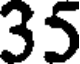
35